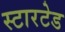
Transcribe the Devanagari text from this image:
स्टारटेड